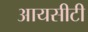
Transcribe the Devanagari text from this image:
आयसीटी